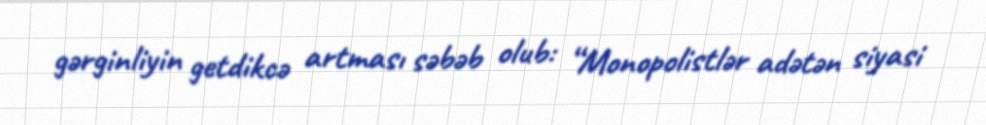
gərginliyin getdikcə artması səbəb olub: “Monopolistlər adətən siyasi